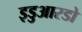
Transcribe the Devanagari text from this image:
इडुआरडो